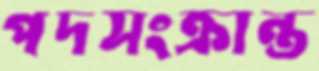
পদসংক্রান্ত